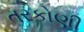
તરકોણી